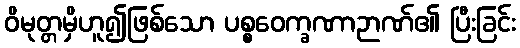
ဝိမုတ္တမှိဟူ၍ဖြစ်သော ပစ္စဝေက္ခဏာဉာဏ်၏ ပြီးခြင်း